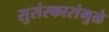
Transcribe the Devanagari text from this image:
सुसंस्कारांमुळे